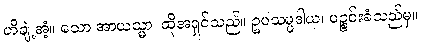
ဟိချဲ့အံ့။ သော အာယသ္မာ၊ ထိုအရှင်သည်။ ဥပသမ္ပဒါယ၊ ပဉ္စင်းခံသည်မှ။